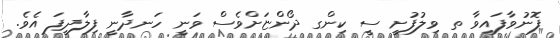
ފޮނުވާފައިވާ ތ ވިލުފުށީ ސީ ކިންގ ދޯންޏަށްވެސް ވަނީ ހަނދާނީ ފިލާދީފަ އެވެ.